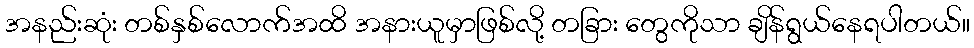
အနည်းဆုံး တစ်နှစ်လောက်အထိ အနားယူမှာဖြစ်လို့ တခြား တွေကိုသာ ချိန်ရွယ်နေရပါတယ်။